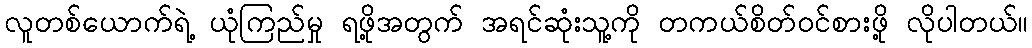
လူတစ်ယောက်ရဲ့ ယုံကြည်မှု ရဖို့အတွက် အရင်ဆုံးသူ့ကို တကယ်စိတ်ဝင်စားဖို့ လိုပါတယ်။